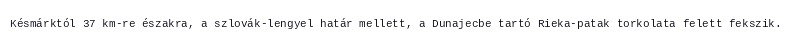
Késmárktól 37 km-re északra, a szlovák-lengyel határ mellett, a Dunajecbe tartó Rieka-patak torkolata felett fekszik.